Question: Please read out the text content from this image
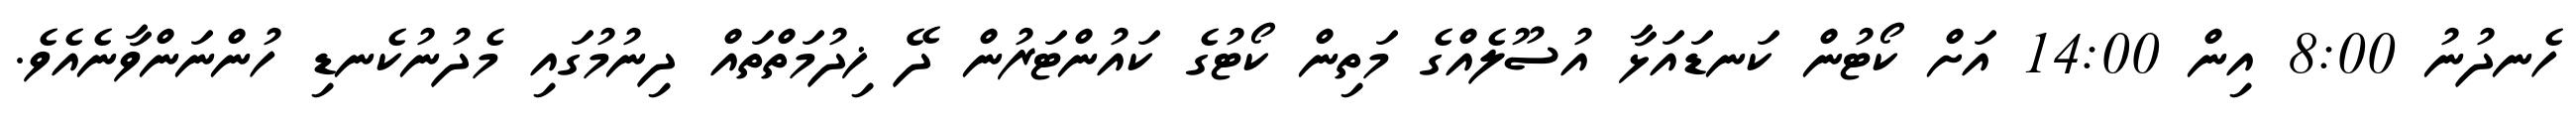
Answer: ހެނދުނު 8:00 އިން 14:00 އަށް ކޯޓުން ކަނޑައަޅާ އުސޫލެއްގެ މަތިން ކޯޓުގެ ކައުންޓަރުން ދޭ ޚިދުމަތްތައް ދިނުމުގައި މެދުނުކެނޑި ހުންނަންވާނެއެވެ.